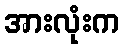
အားလုံးက